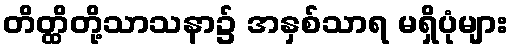
တိတ္ထိတို့သာသနာ၌ အနှစ်သာရ မရှိပုံများ